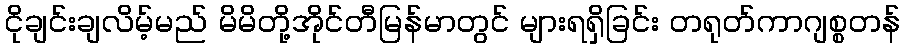
ငိုချင်းချလိမ့်မည် မိမိတို့အိုင်တီမြန်မာတွင် များရရှိခြင်း တရုတ်ကာဂျစ္စတန်